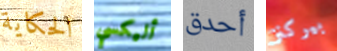
الحكاية أليكسي أحدق بيركنز